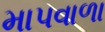
માપવાળા